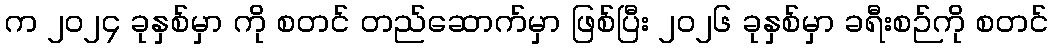
က ၂၀၂၄ ခုနှစ်မှာ ကို စတင် တည်ဆောက်မှာ ဖြစ်ပြီး ၂၀၂၆ ခုနှစ်မှာ ခရီးစဉ်ကို စတင်